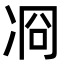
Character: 㓏